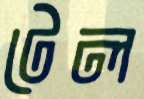
টেল